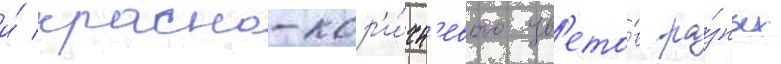
и́ красно-кор'и́чн'евого цв'ето́в ра́зных